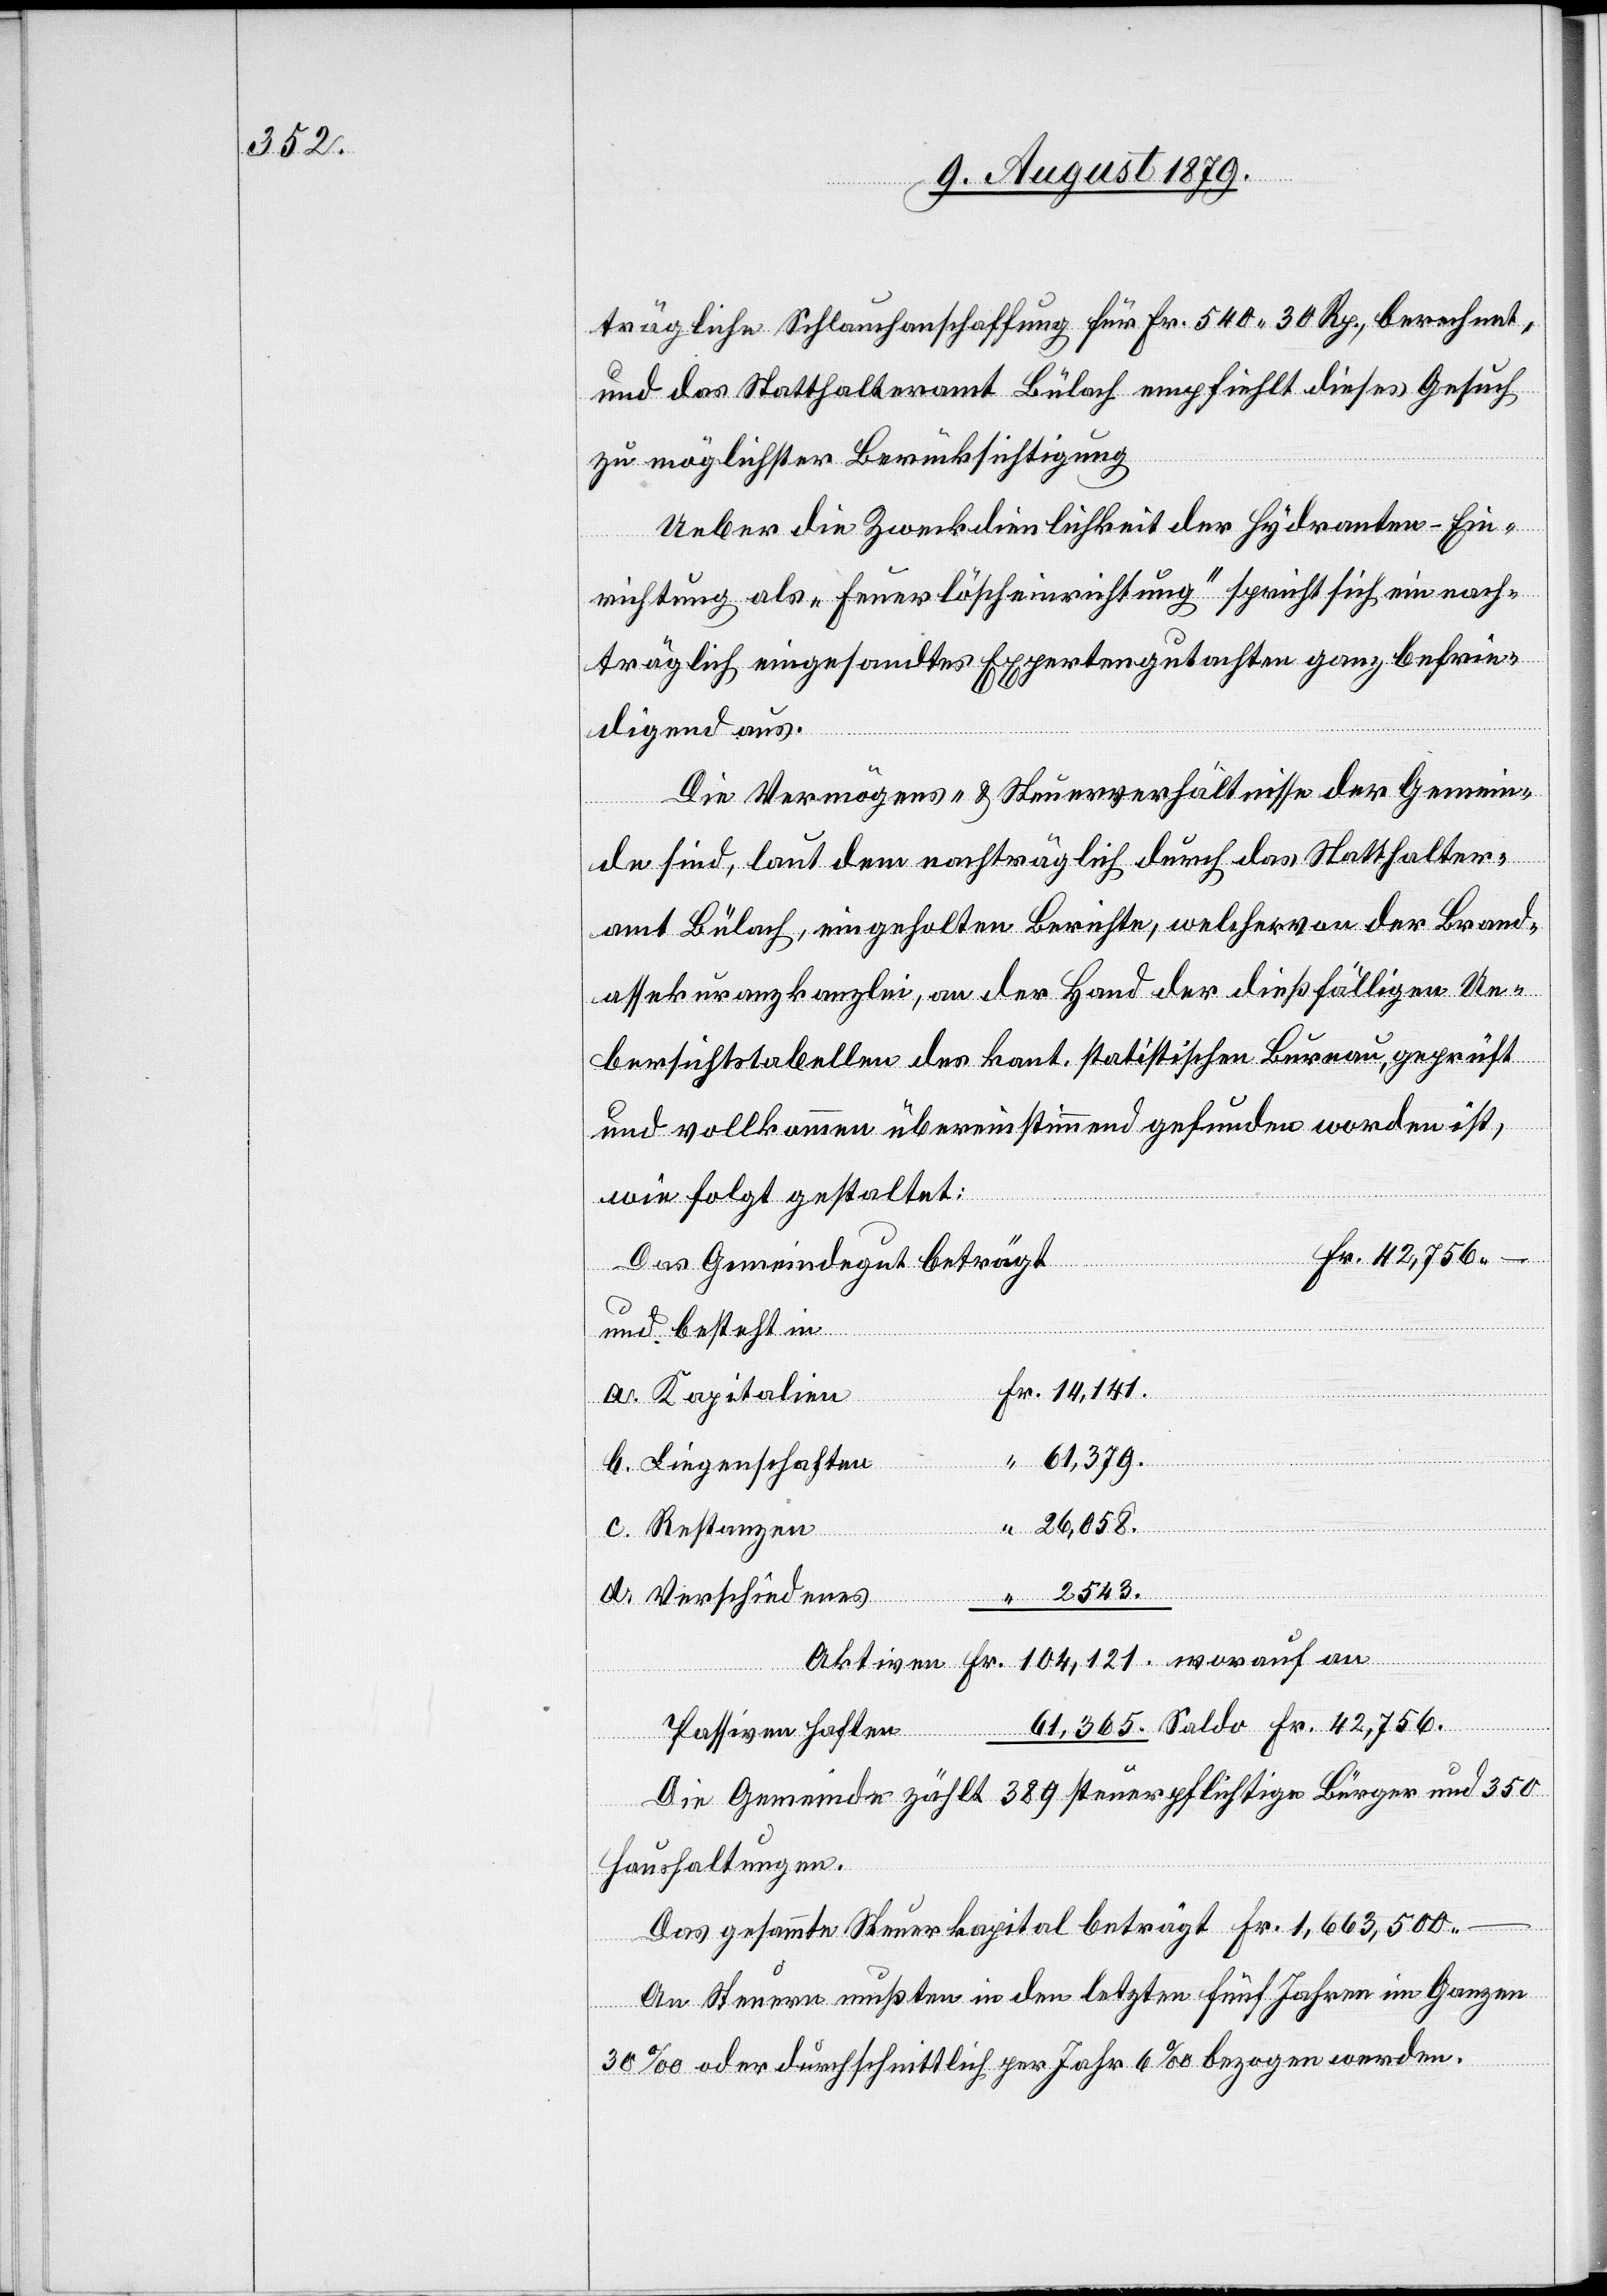
trägliche Schlauchanschaffung für Fr. 540 30 Rp., berechnet,
und das Statthalteramt Bülach empfiehlt dieses Gesuch
zu möglichster Berücksichtigung.
Ueber die Zweckdienlichkeit der Hydranten-Ein¬
worauf an
richtung als „Feuerlöscheinrichtung“ spricht sich ein nach¬
träglich eingesandtes Expertengutachten ganz befrie¬
digend aus.
Die Vermögens- & Steuerverhältnisse der Gemein¬
de sind, laut dem nachträglich durch das Statthalter¬
amt Bülach, eingeholten Berichte, welcher von der Brand¬
assekuranzkanzlei, an der Hand der dießfälligen Ue¬
bersichtstabellen des kant. statistischen Bureau, geprüft
und vollkommen übereinstimmend gefunden worden ist,
wie folgt gestaltet:
Das Gemeindegut beträgt
und besteht in
a. Kapitalien
61,379.
Saldo
b. Liegenschaften
26,058.
c. Restanzen
Aktiven
2543.
–
d. Verschiedenes
Passiven haften
Fr.
Die Gemeinde zählt 389 steuerpflichtige Bürger und 350
Haushaltungen.
Das gesammte Steuerkapital beträgt Fr. 1,663,500 –
An Steuern mußten in den letzten fünf Jahren im Ganzen
30‰ oder durchschnittlich per Jahr 6‰ bezogen werden.